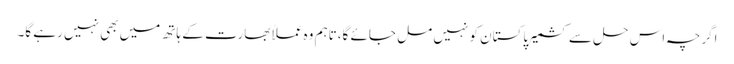
اگرچہ اس حل سے کشمیر پاکستان کو نہیں مل جائے گا،تاہم وہ عملاًبھارت کے ہاتھ میں بھی نہیں رہے گا۔